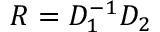
{ \cal R } = { \cal D } _ { 1 } ^ { - 1 } { \cal D } _ { 2 }